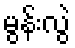
မွန်းလွဲ